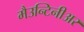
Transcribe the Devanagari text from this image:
मैउन्टिनीअर